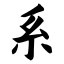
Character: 系